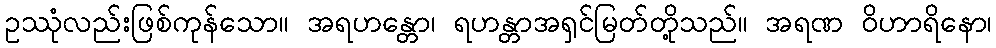
ဥဿုံလည်းဖြစ်ကုန်သော။ အရဟန္တော၊ ရဟန္တာအရှင်မြတ်တို့သည်။ အရဏ ဝိဟာရိနော၊